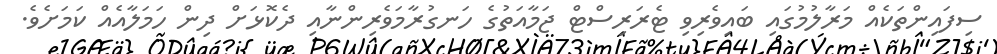
ސިފައިންތަކެއް މަރާލުމުގައި ބައިވެރިވި ޓެރަރިސްޓް ޖަމާއަތުގެ ހަނގުރާމަވެރިންނާއި ދެކޮޅަށް ދިން ހަމަލާއެއް ކަމަށެވެ.